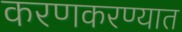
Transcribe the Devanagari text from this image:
करणकरण्यात